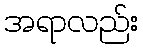
အရာလည်း